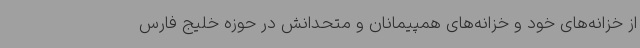
از خزانه‌های خود و خزانه‌های همپیمانان و متحدانش در حوزه خلیج فارس